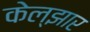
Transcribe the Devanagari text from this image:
केल्झार